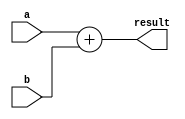
module add(a, b, result);
	input [31:0] a;
	input [31:0] b;
	output [31:0] result;

	assign result = a + b;
endmodule


module and_(a, b, result);
	input a;
	input b;
	output result;

	assign result = a & b;
endmodule


module mux(a, b, control, out);
	parameter N = 16;
	input  wire [N-1:0] a, b;
	input  wire control;
	output wire [N-1:0] out;

	assign out = control ? b : a;
endmodule


module sign_extender(
	input  [15:0] input_16,
	output [31:0] output_32
);

assign output_32 = { {16{input_16[15]}}, input_16[15:0] };

endmodule